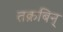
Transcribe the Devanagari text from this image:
तक्रबिन्